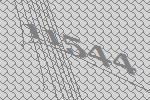
11544